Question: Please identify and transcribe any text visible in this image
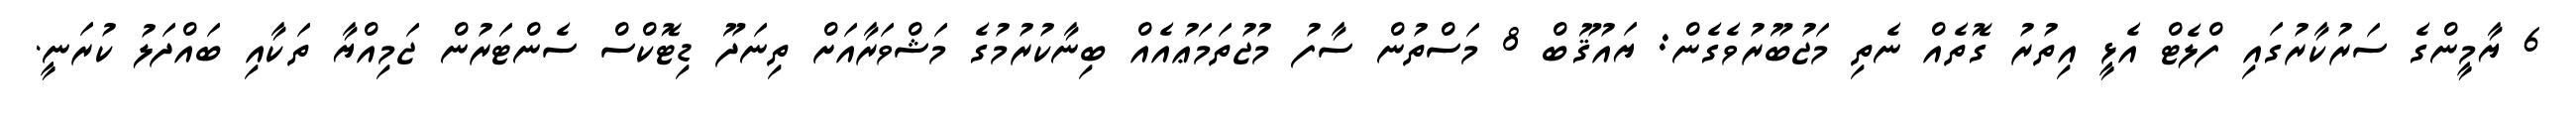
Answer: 6 ޔާމީންގެ ސަރުކާރުގައި ފްލެޓް އެޅީ އިތުރު ގޮތެއް ނެތި މަޖުބޫރުވެގެން: ޔައުޤޫބް 8 މަސްތުން ސާފު މުޖުތަމަޢުއެއް ބިނާކުރުމުގެ މަޝްވަރާއަށް ތިނަދޫ ޑިޓޮކްސް ސެންޓަރުން ޖަމިއްޔާ ތަކާއި ބައްދަލު ކުރަނީ.